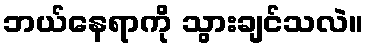
ဘယ်နေရာကို သွားချင်သလဲ။